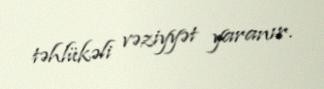
təhlükəli vəziyyət yaranır.